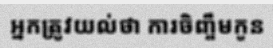
អ្នកត្រូវយល់ថា ការចិញ្ចឹមកូន